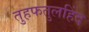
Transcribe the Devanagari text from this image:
तुहफतुलहिंद